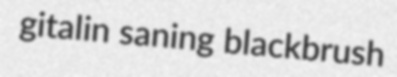
gitalin saning blackbrush